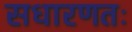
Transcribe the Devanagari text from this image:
सधारणतः